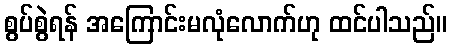
စွပ်စွဲရန် အကြောင်းမလုံလောက်ဟု ထင်ပါသည်။